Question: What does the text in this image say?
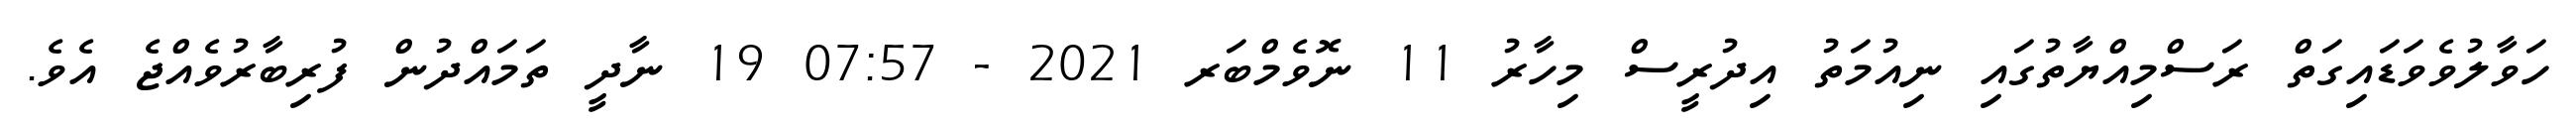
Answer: ހަވާލުވެވަޑައިގަތް ރަސްމިއްޔާތުގައި ނިއުމަތު އިދުރީސް މިހާރު 11 ނޮވެމްބަރ 2021 - 07:57 19 ނާދީ ތަމައްދުން ފުރިބާރުވެއްޖެ އެވެ.